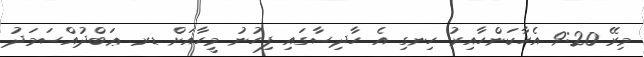
މިރޭ 9:20 އެހާކަންހާއިރު ހިނގި އެ ހާދިސާގައި ފިހުނު މީހާއަށް ޑރ. ޢަބްދުއްސަމަދު